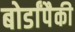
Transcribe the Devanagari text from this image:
बोर्डांपैकी